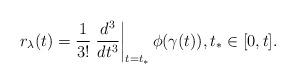
LaTeX: \begin{align*}r_\lambda(t) = \frac{1}{3!}\left.\frac{d^3}{d t^3}\right|_{t=t_*}\phi(\gamma(t)), t_* \in [0,t].\end{align*}